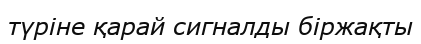
түріне қарай сигналды біржақты